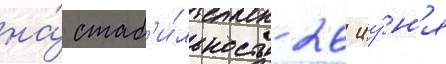
на́ стаб'и́льность 26 иу́н'я